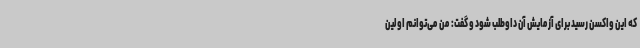
که این واکسن رسید برای آزمایش آن داوطلب شود و گفت: من می‌توانم اولین